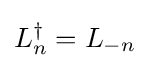
L_{n}^{\dagger }=L_{-n}